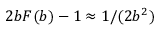
2 b F ( b ) - 1 \approx 1 / ( 2 b ^ { 2 } )